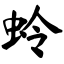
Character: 蛉